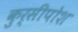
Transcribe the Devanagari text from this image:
कुर्सीपोश